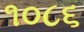
૧૦૮૬